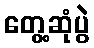
တွေ့ဆုံပွဲ